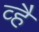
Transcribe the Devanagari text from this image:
व्है